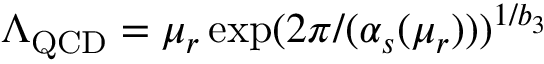
\Lambda _ { \mathrm { Q C D } } = \mu _ { r } \exp ( 2 \pi / ( \alpha _ { s } ( \mu _ { r } ) ) ) ^ { 1 / b _ { 3 } }